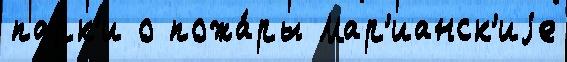
парк'и о пожа́ры Мар'ианск'иjе